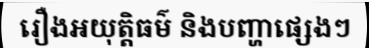
រឿងអយុត្តិធម៌ និងបញ្ហាផ្សេងៗ